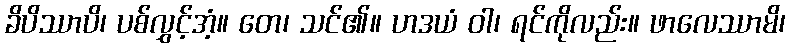
ခိပိဿာပိ၊ ပစ်လွှင့်အံ့။ တေ၊ သင်၏။ ဟဒယံ ဝါ၊ ရင်ကိုလည်း။ ဖာလေဿာမိ၊